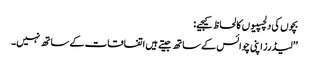
بچوں کی دلچسپیوں کا لحاظ کیجیے:
’’لیڈرز اپنی چوائس کے ساتھ جیتے ہیں اتفاقات کے ساتھ نہیں۔